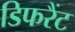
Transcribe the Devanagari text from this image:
डिफरैंट